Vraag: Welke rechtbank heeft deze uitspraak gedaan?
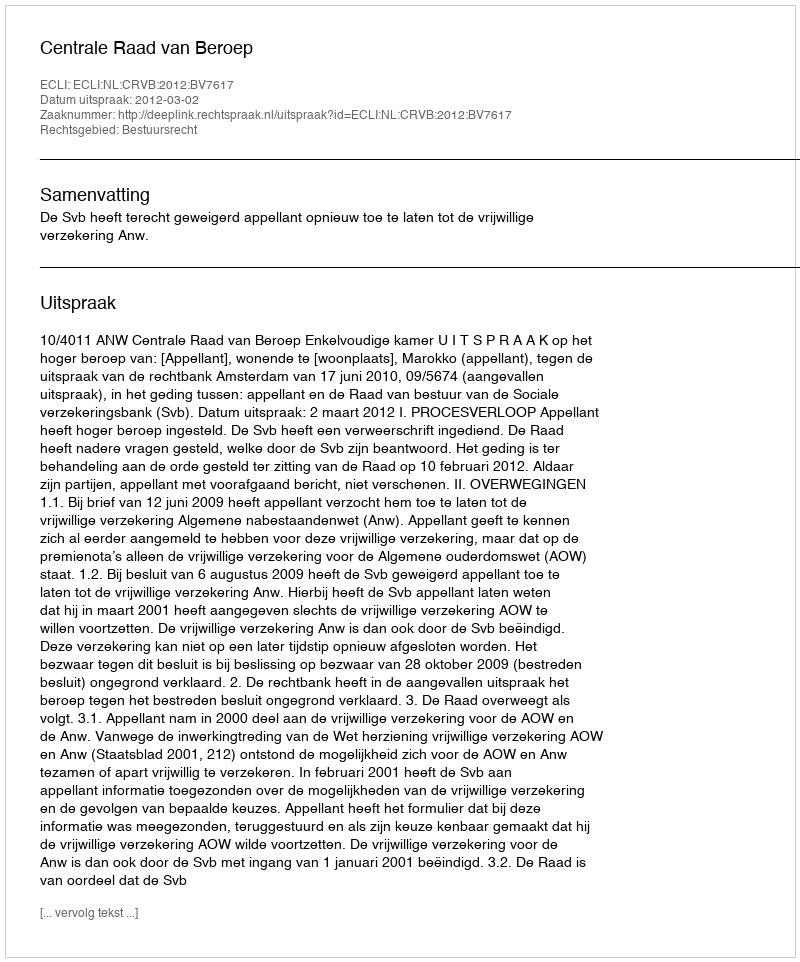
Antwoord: Centrale Raad van Beroep